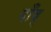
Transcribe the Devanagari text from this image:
गाँव्